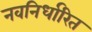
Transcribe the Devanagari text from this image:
नवनिर्धारित